Lunatic asylums United Prov. 1922-30 - 1922-1930
Year: 1922
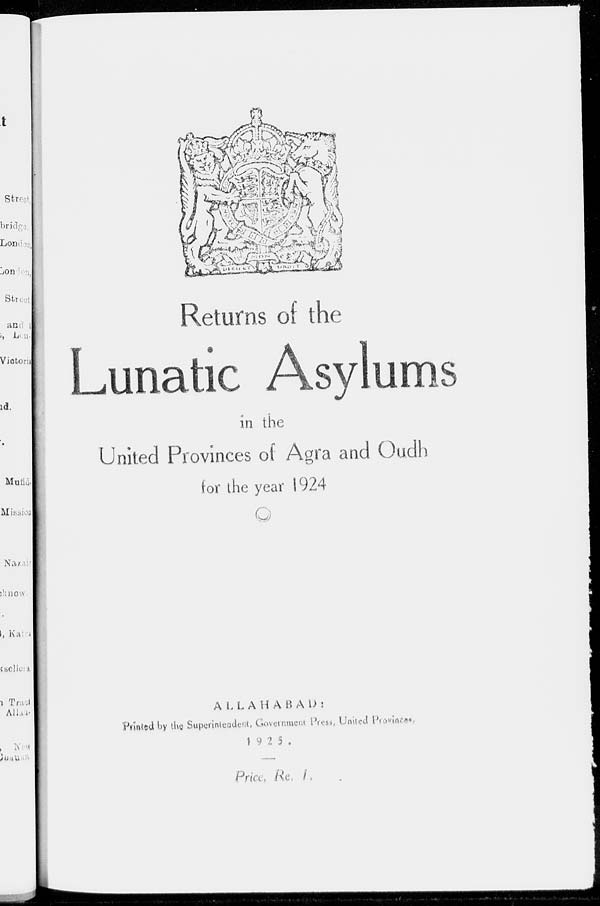
Returns of the
Lunatic Asylums
in the
United Provinces of Agra and Oudh
for the year 1924
ALLAHABAD :
Printed by the Superintendent, Government Press United Provinces,
1 9 2 5 .
Price,
Re.
1s.